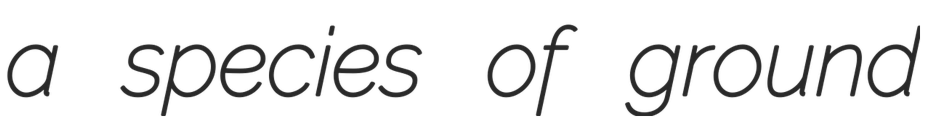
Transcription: a species of ground